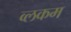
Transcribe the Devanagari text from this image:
व्लकम